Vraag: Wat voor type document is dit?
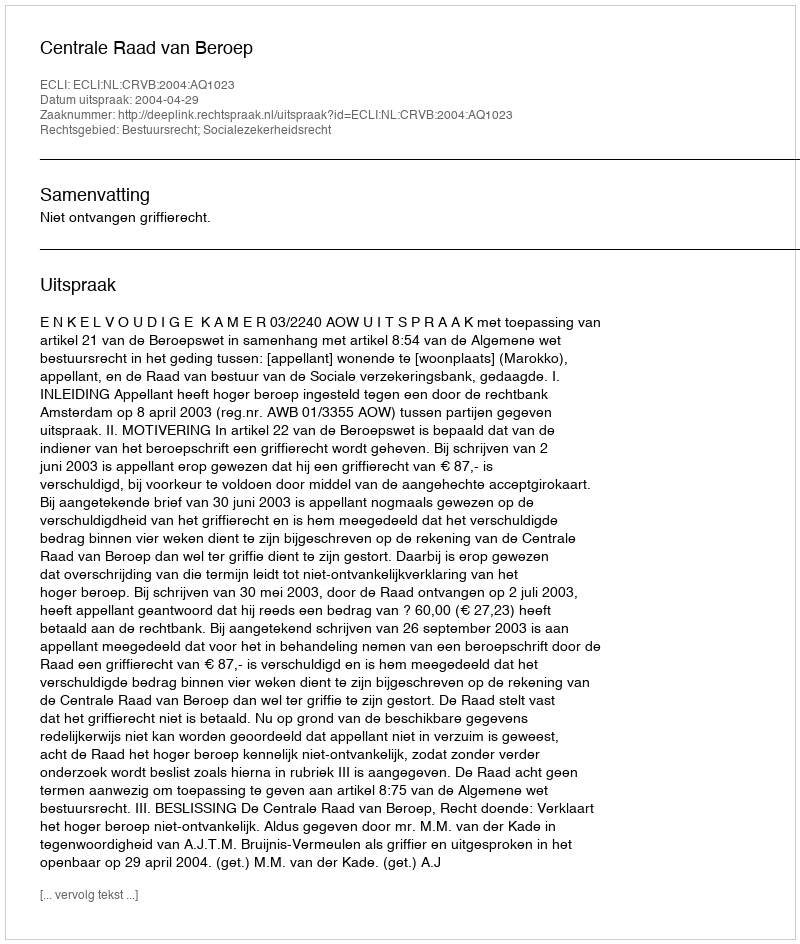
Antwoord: Uitspraak